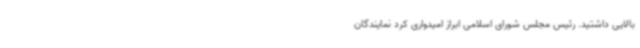
بالایی داشتید. رئیس مجلس شورای اسلامی ابراز امیدواری کرد نمایندگان